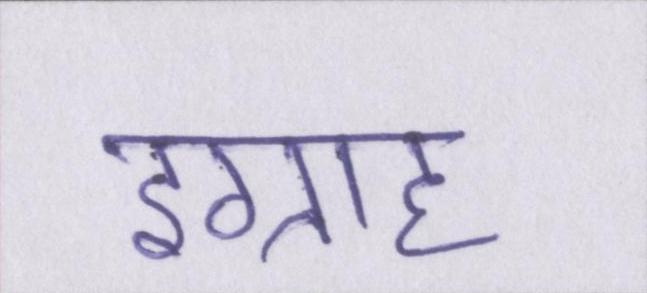
इग्राह